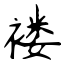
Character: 褛